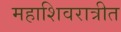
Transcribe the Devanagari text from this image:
महाशिवरात्रीत